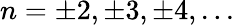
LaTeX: n=\pm 2,\pm 3,\pm 4,...